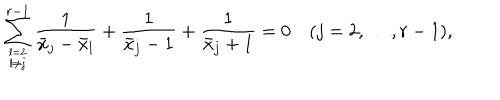
\sum _ { l = 2 \atop l \ne j } ^ { r - 1 } { \frac { 1 } { \bar { x } _ { j } - \bar { x } _ { l } } } + { \frac { 1 } { \bar { x } _ { j } - 1 } } + { \frac { 1 } { \bar { x } _ { j } + 1 } } = 0 \quad ( j = 2 , \ldots , r - 1 ) ,